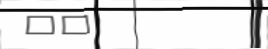
٣٤